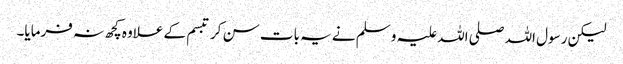
لیکن رسول اللہ صلی اللہ علیہ و سلم نے یہ بات سن کر تبسم کے علاوہ کچھ نہ فرمایا۔